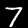
Label: 7